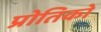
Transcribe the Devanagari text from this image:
प्रोतिको